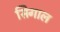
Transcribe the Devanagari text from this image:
सिगाल